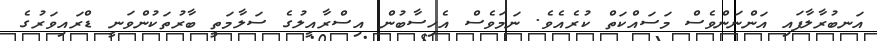
އަނބުރާލާފައި އަންނަންވެސް މަސައްކަތް ކުރެއެވެ. ނަމަވެސް އެހިސާބުން އިސްރާއީލުގެ ސަލާމަތީ ބާރުތަކުންވަނީ ޑްރައިވަރުގެ